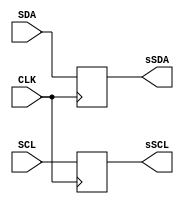
`timescale 1ns / 1ps
module FFSYNC(
	input SDA,
	input SCL,
	input CLK,
	output reg sSDA,
	output reg sSCL
    );
	 
always@(negedge CLK) begin
	sSDA<=SDA;
	sSCL<=SCL;
end

endmodule